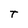
Character: T